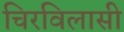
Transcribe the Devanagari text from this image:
चिरविलासी